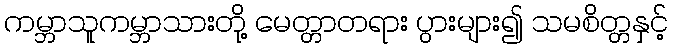
ကမ္ဘာသူကမ္ဘာသားတို့ မေတ္တာတရား ပွားများ၍ သမစိတ္တနှင့်